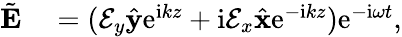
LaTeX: \begin{array}{rl}{\tilde{\mathbf{E}}}&{{}=(\mathcal{E}_{y}\hat{\mathbf{y}}\mathrm{e}^{\mathrm{i}kz}+\mathrm{i}\mathcal{E}_{x}\hat{\mathbf{x}}\mathrm{e}^{-\mathrm{i}kz})\mathrm{e}^{-\mathrm{i}\omega t},}\end{array}